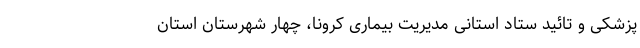
پزشکی و تائید ستاد استانی مدیریت بیماری کرونا، چهار شهرستان استان